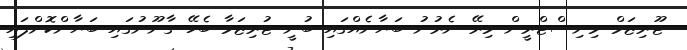
ޓޫރިޒަމް މިނިސްޓްރީން މިރޭ ނެރުނު ބަޔާނެއްގައި ބުނީ ޓުރިޒަމާ ބެހޭ ގާނޫނުގައި ބަޔާންކޮށްފައި